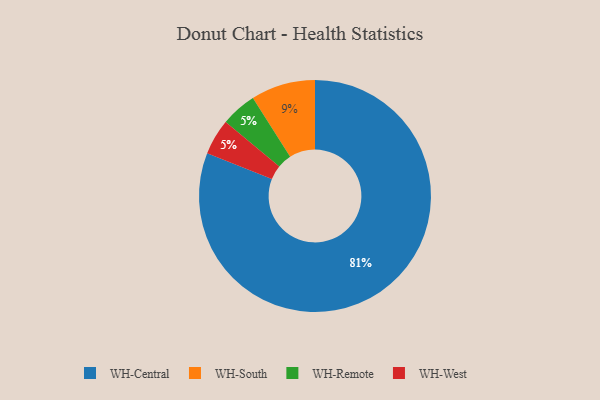
{"axis": {"x": "Category", "y": "Percentage"}, "legend": ["WH-Central", "WH-Remote", "WH-South", "WH-West"], "data": [{"x": "WH-Remote", "y": 5, "type": "WH-Remote"}, {"x": "WH-Central", "y": 81, "type": "WH-Central"}, {"x": "WH-West", "y": 5, "type": "WH-West"}, {"x": "WH-South", "y": 9, "type": "WH-South"}]}